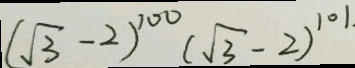
( \sqrt { 3 } - 2 ) ^ { 1 0 0 } ( \sqrt { 3 } - 2 ) ^ { 1 0 1 }